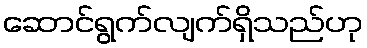
ဆောင်ရွက်လျက်ရှိသည်ဟု